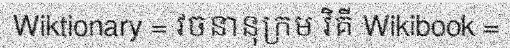
Wiktionary = វចនានុក្រម វិគី Wikibook =